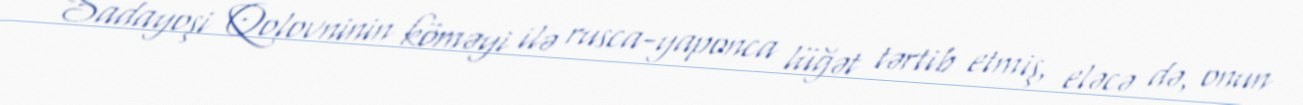
Sadayoşi Qolovninin köməyi ilə rusca-yaponca lüğət tərtib etmiş, eləcə də, onun